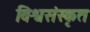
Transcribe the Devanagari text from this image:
विश्वसंस्कृत